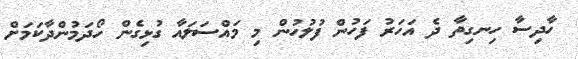
ހާދިސާ ހިނގިތާ ދެ އަހަރު ފަހުން ފުލުހުން މި މައްސަލައާ ގުޅިގެން ހޯދަމުންދާކަމަށް